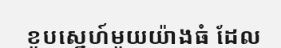
ខួបស្នេហ៍មួយយ៉ាងធំ ដែល